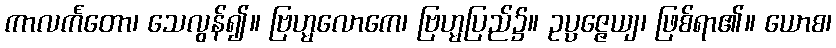
ကာလင်္ကတော၊ သေလွန်၍။ ဗြဟ္မလောကေ၊ ဗြဟ္မပြည်၌။ ဥပ္ပဇ္ဇေယျ၊ ဖြစ်ရာ၏။ ယောစ၊